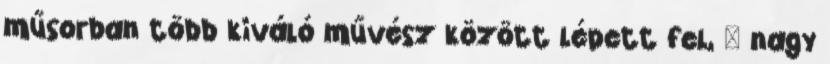
műsorban több kiváló művész között lépett fel, – nagy